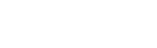
ဖောင်ဒေးရှင်းကို